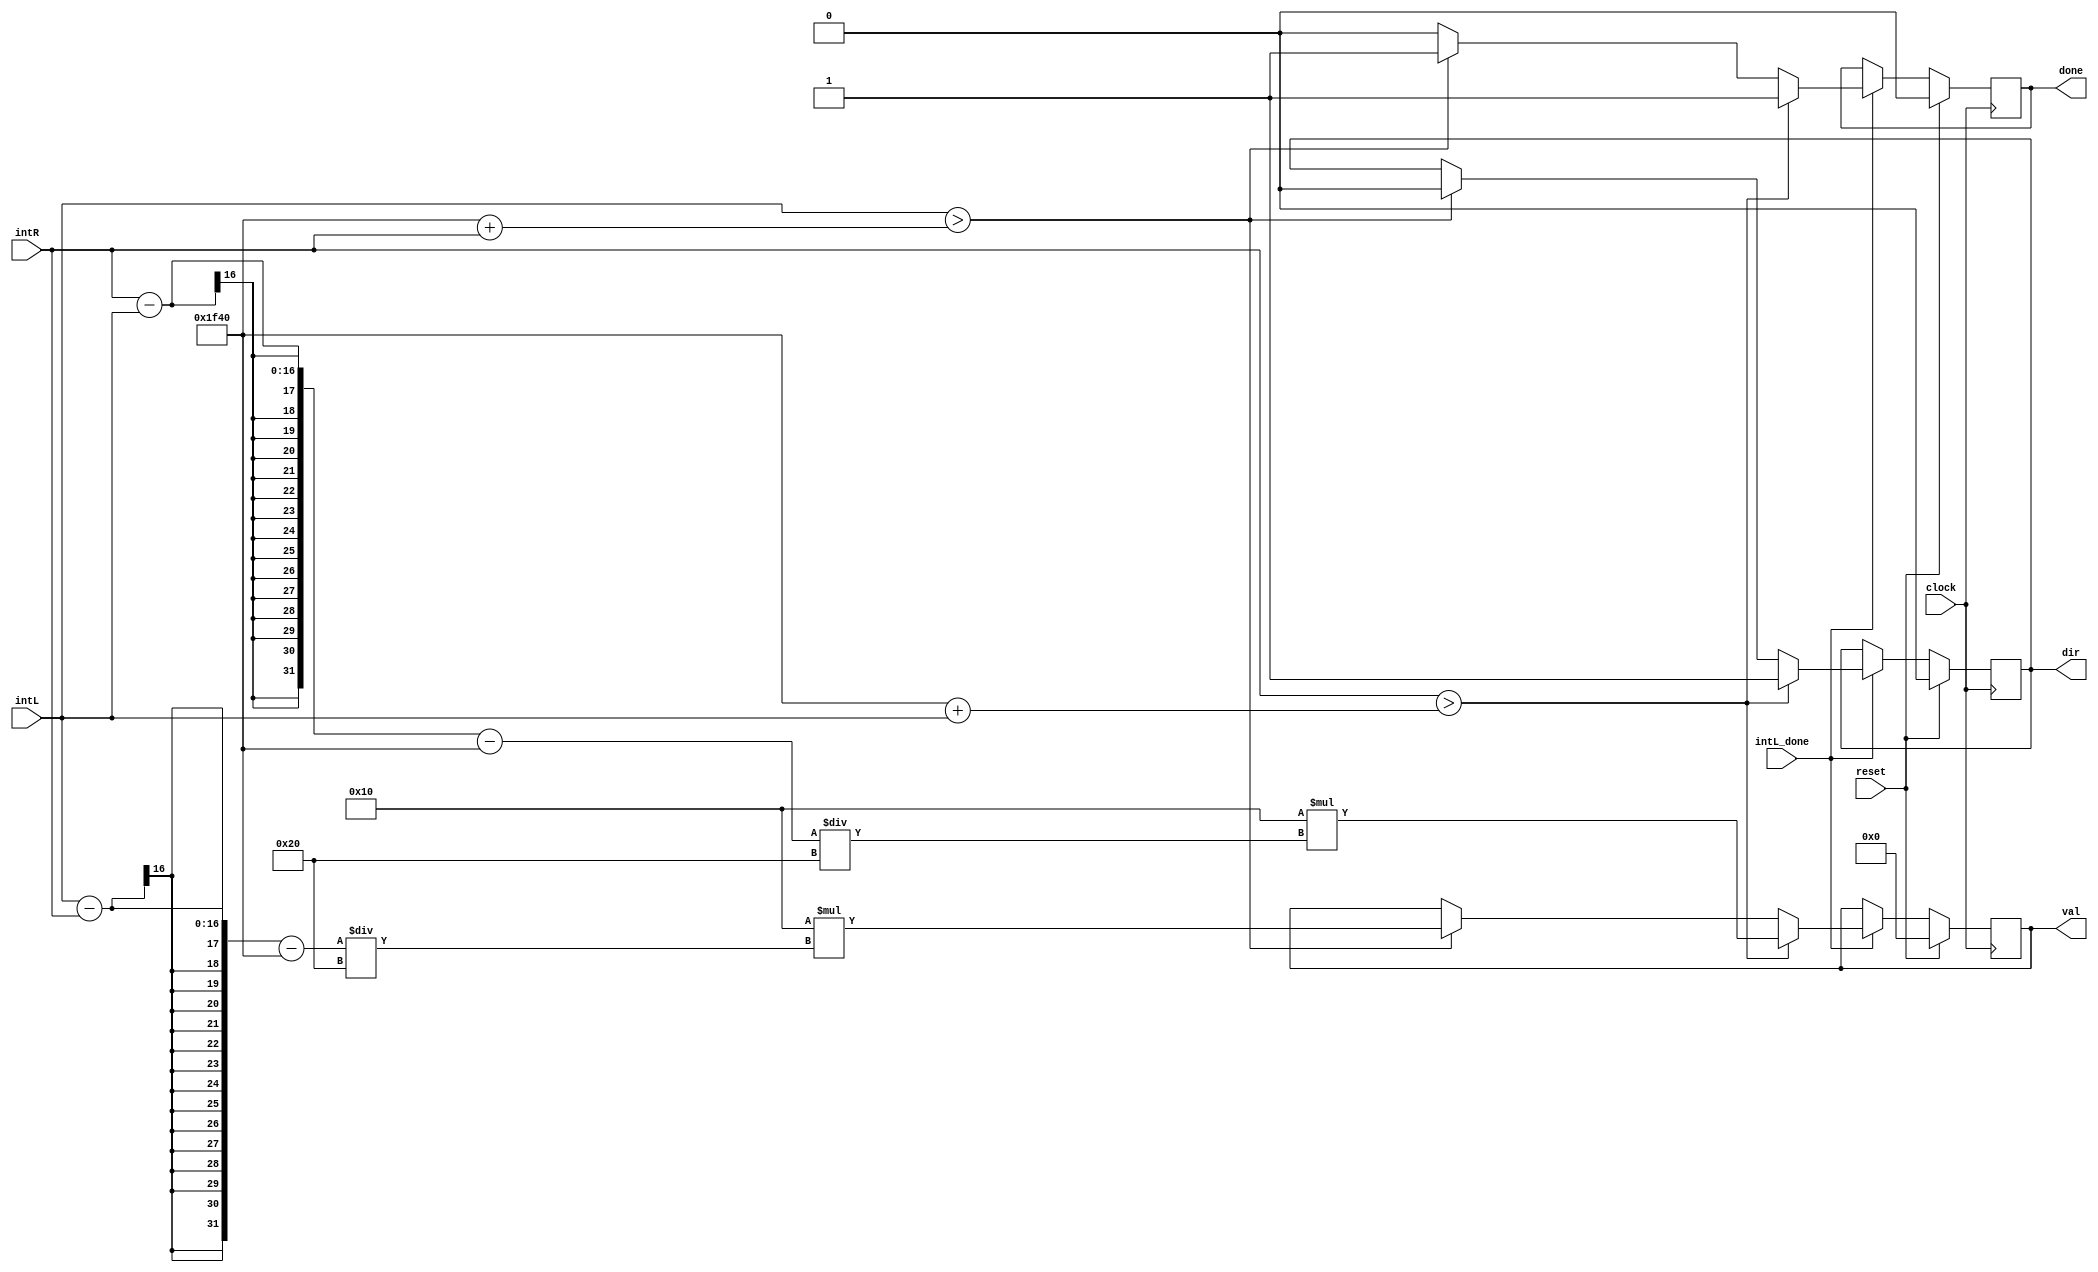
`timescale 1ns / 1ps
//////////////////////////////////////////////////////////////////////////////////
// Company: 
// Engineer: 
// 
// Design Name: 
// Module Name:    audio_control 
// Project Name: 
// Target Devices: 
// Tool versions: 
// Description: 
//
// Dependencies: 
//
// Revision: 
// Revision 0.01 - File Created
// Additional Comments: 
//
//////////////////////////////////////////////////////////////////////////////////
module audio_control(
    input clock,//system clock
    input reset,//system reset
    input [15:0] intL,//integrated data from left mic
    input [15:0] intR,//integrated data from right mic
	 input intL_done,//ready signal from left mic (since sent from other board)
    output dir,//output direction 0 for left, 1 for right
    output [7:0] val,//output value (how many step to turn)
    output done//output done signal
    );

	//registers for outputs
	reg dir_reg, done_reg;
	reg [7:0] val_reg;

	//PARAMETERS
	parameter THRESHHOLD = 16'd8000; //threshhold difference needs to be for motor to turn
	parameter STEPUNIT = 8'd16; //how large a step should be taken for each unit of amplitude difference


always @ (posedge clock) begin
	if (reset) begin// on reset clear the registers
		dir_reg <= 0;
		val_reg <= 0;
		done_reg <= 0;
	end
	else if(intL_done) begin//when we've gotten data from the left mic
		if(intR > THRESHHOLD + intL) begin //if the right mic is louder turn right
			dir_reg <= 1;
			val_reg <= STEPUNIT*((intR-intL-THRESHHOLD)/32);
			done_reg <= 1;
			end
		else if(intL > THRESHHOLD + intR) begin// if the left mic is louder turn left
			dir_reg <= 0;
			val_reg <= STEPUNIT*((intL-intR-THRESHHOLD)/32);
			done_reg <= 1;
			end
		else done_reg <= 0;
	end

end

//Assign output registers	
assign dir = dir_reg;
assign val = val_reg;
assign done = done_reg;

endmodule